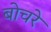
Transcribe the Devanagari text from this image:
बोचरे